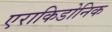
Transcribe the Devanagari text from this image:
एराकिडोनिक